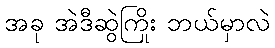
အခု အဲဒီဆွဲကြိုး ဘယ်မှာလဲ